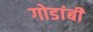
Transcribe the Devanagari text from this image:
गोडांबी